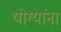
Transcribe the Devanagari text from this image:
योग्यांना